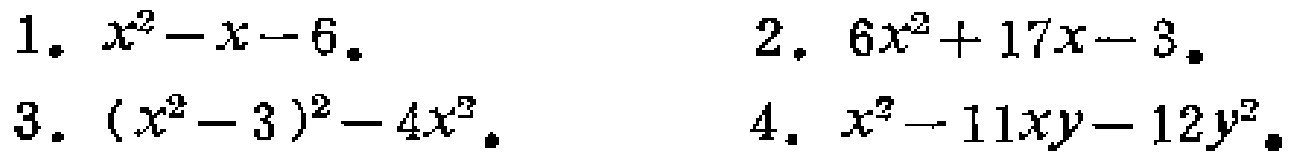
1. \(x^{2}-x - 6\)
2. \(6x^{2}+17x - 3\)
3. \((x^{2}-3)^{2}-4x^{2}\)
4. \(x^{2}-11xy - 12y^{2}\)